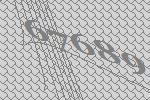
67689